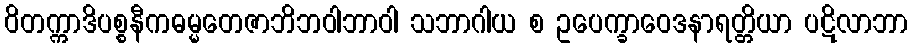
ဝိတက္ကာဒိပစ္စနီကဓမ္မတေဇာဘိဘဝါဘာဝါ သဘာဂါယ စ ဥပေက္ခာဝေဒနာရတ္တိယာ ပဋိလာဘာ